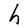
Character: h